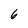
Character: 6